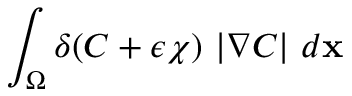
\displaystyle { \int _ { \Omega } \delta ( C + \epsilon \chi ) \ | \nabla C | \ d \mathbf { x } }